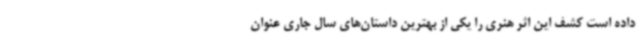
داده است کشف این اثر هنری را یکی از بهترین داستان‌های سال جاری عنوان